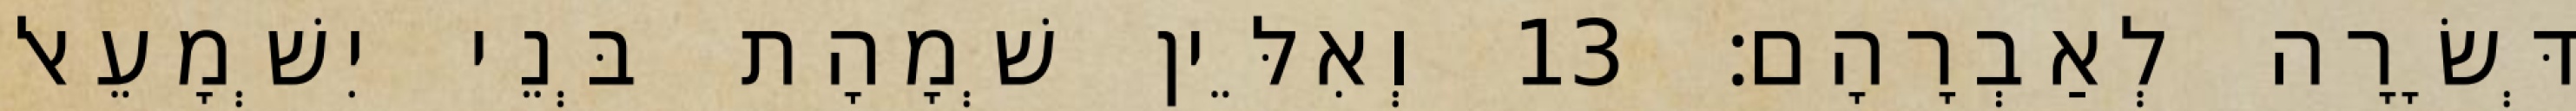
דְּשָׂרָה לְאַבְרָהָם׃ 13 וְאִלֵּין שְׁמָהָת בְּנֵי יִשְׁמָעֵאל